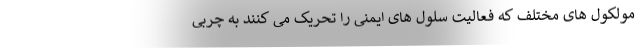
مولکول های مختلف که فعالیت سلول های ایمنی را تحریک می کنند به چربی